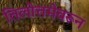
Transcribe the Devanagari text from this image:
तिलोत्तमेवरून